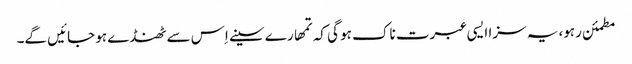
مطمئن رہو، یہ سزا ایسی عبرت ناک ہو گی کہ تمھارے سینے اِس سے ٹھنڈے ہو جائیں گے۔